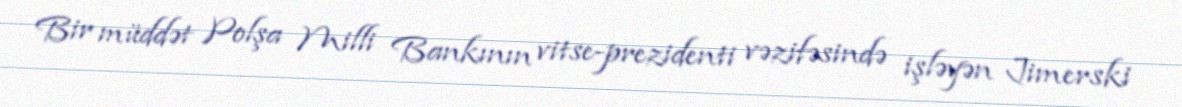
Bir müddət Polşa Milli Bankının vitse-prezidenti vəzifəsində işləyən Jimerski